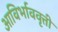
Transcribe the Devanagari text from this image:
आविर्भाववृत्ती